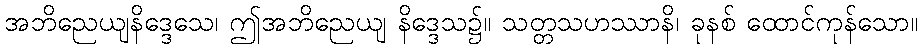
အဘိညေယျနိဒ္ဒေသေ၊ ဤအဘိညေယျ နိဒ္ဒေသ၌။ သတ္တသဟဿာနိ၊ ခုနစ် ထောင်ကုန်သော။